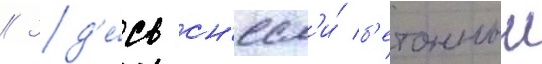
// Зд'е́сь сн'есл'и́ б'етонныи